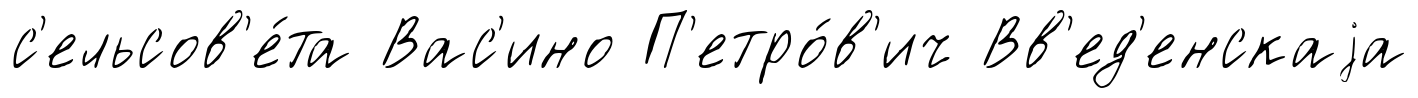
с'ельсов'е́та Вас'ино П'етро́в'ич Вв'ед'енскаjа